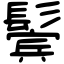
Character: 鬓